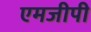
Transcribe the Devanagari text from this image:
एमजीपी